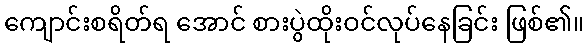
ကျောင်းစရိတ်ရ အောင် စားပွဲထိုးဝင်လုပ်နေခြင်း ဖြစ်၏။